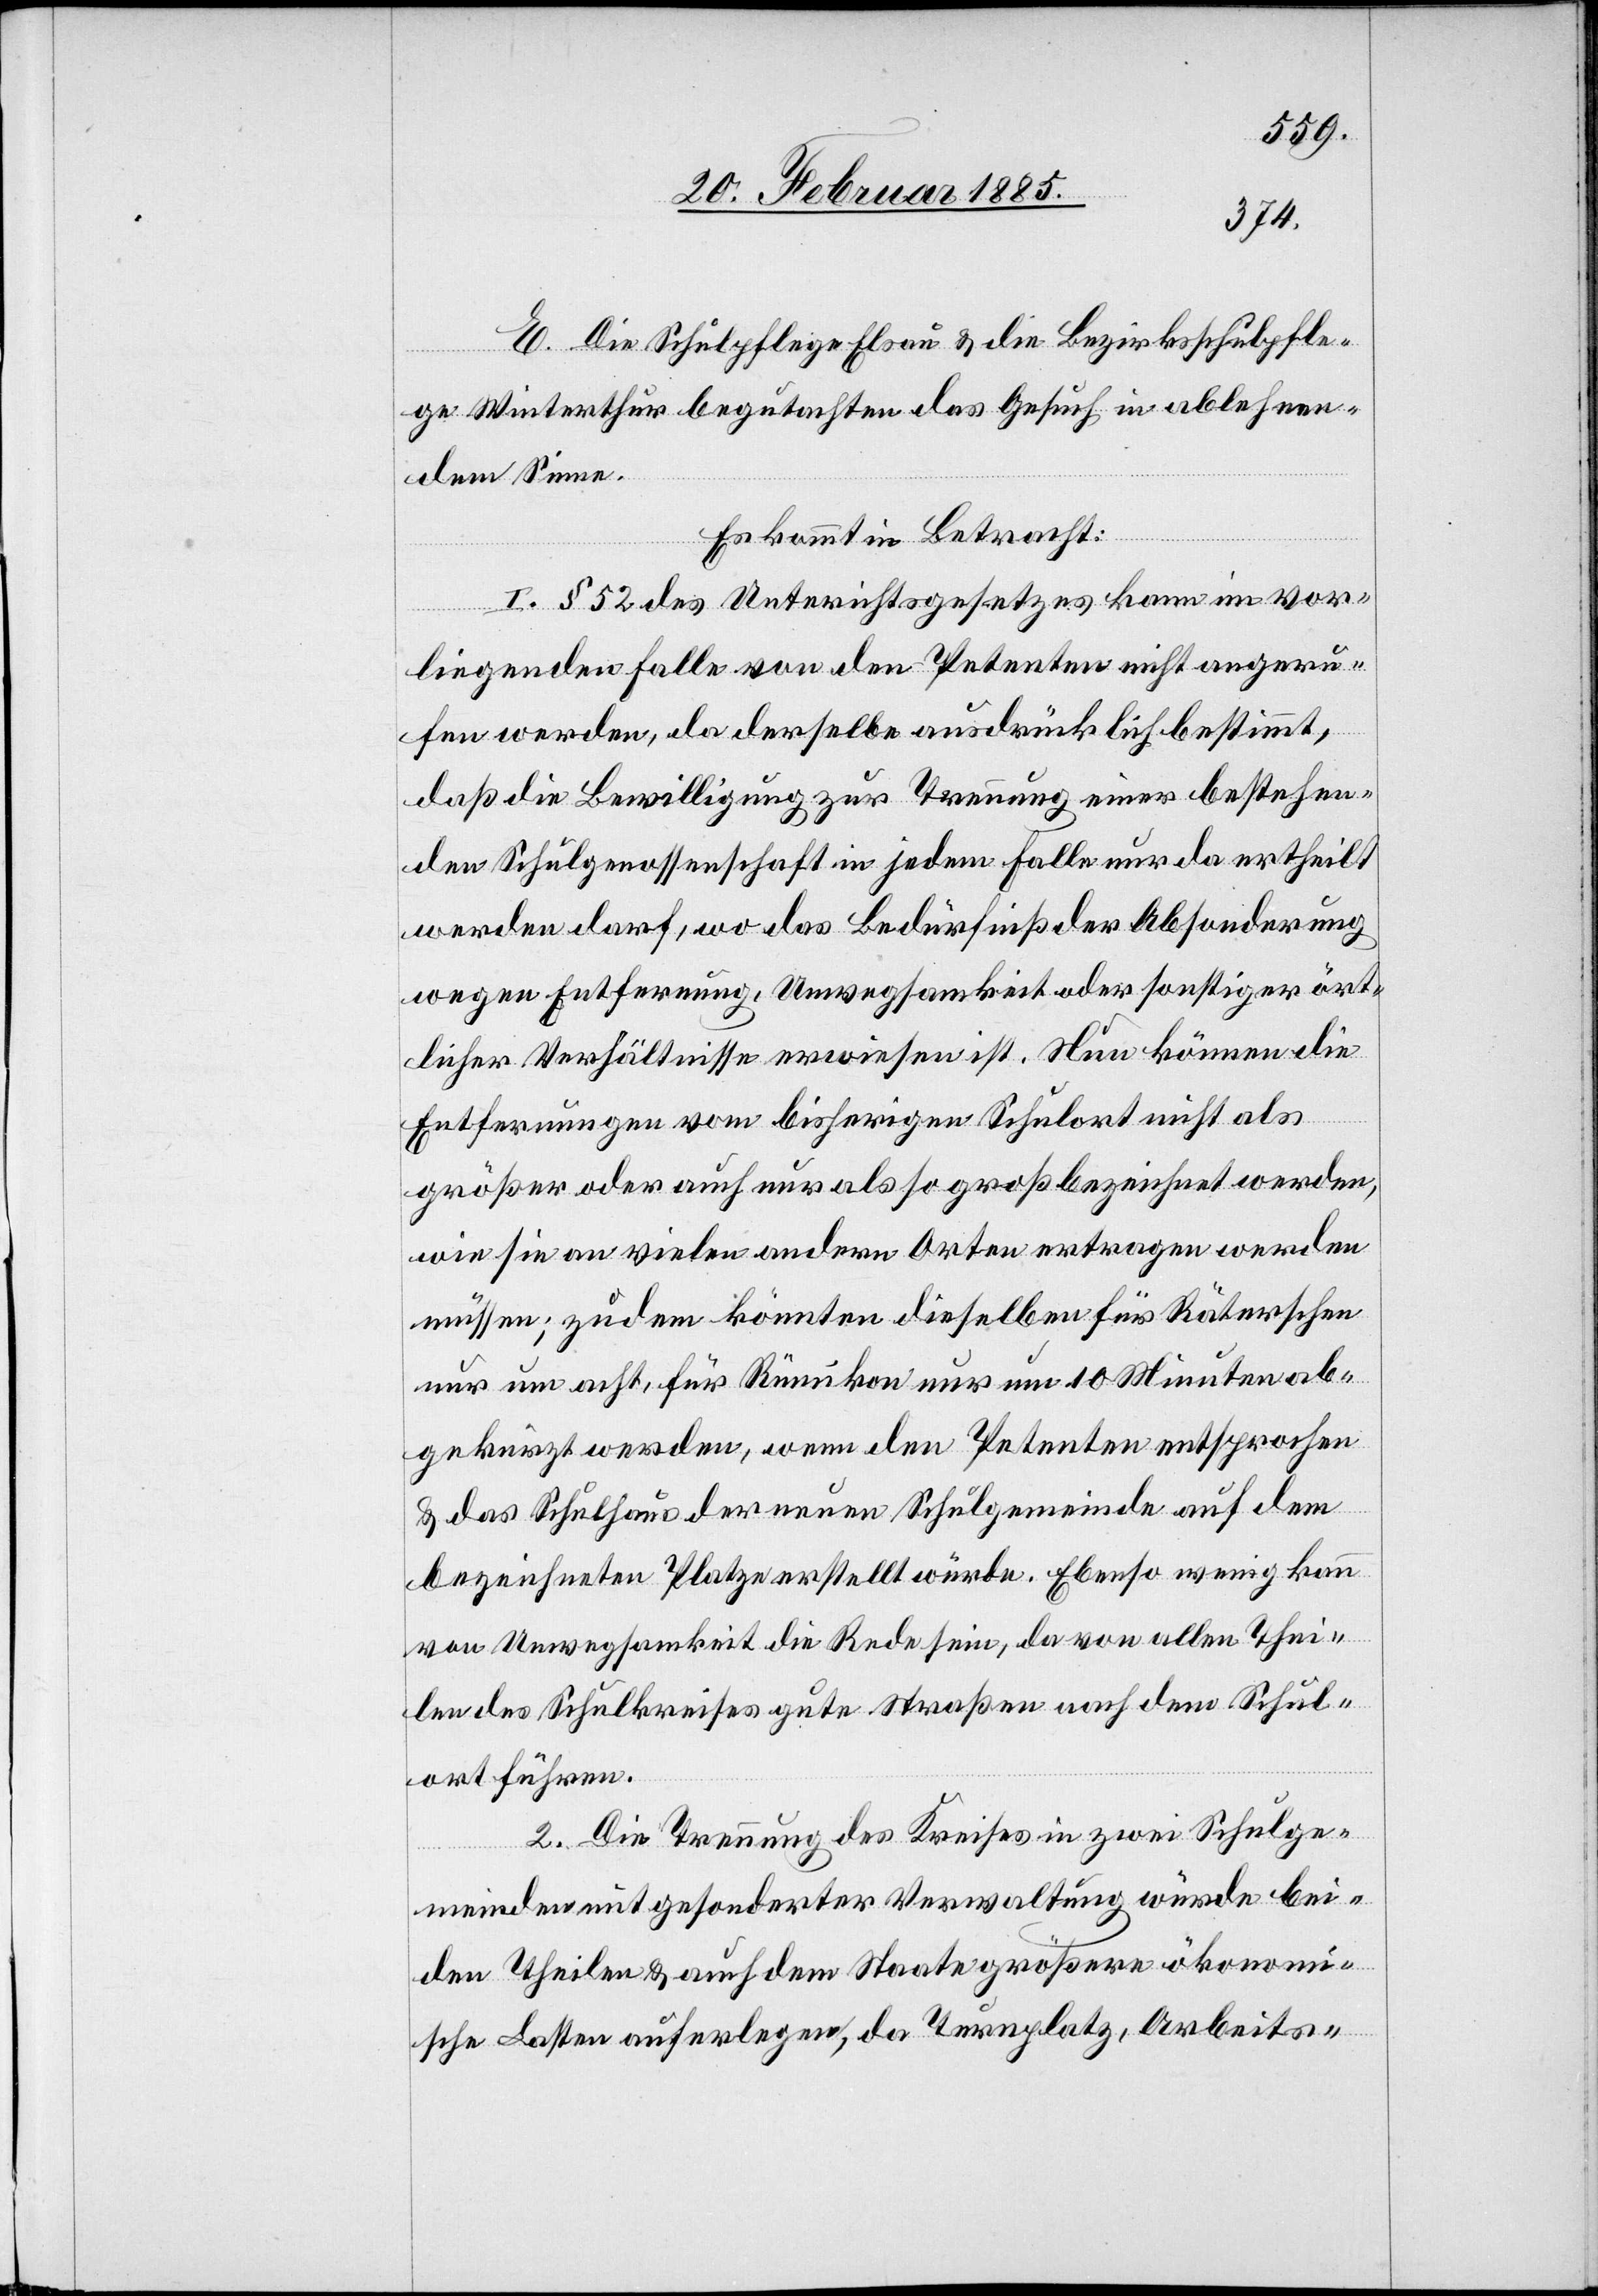
E. Die Schulpflege Elsau & die Bezirksschulpfle¬
ge Winterthur begutachten das Gesuch in ablehnen¬
dem Sinne.
Es kommt in Betracht:
1. § 52 des Unterrichtsgesetzes kann im vor¬
liegenden Falle von den Petenten nicht angeru¬
fen werden, da derselbe ausdrücklich bestimmt,
daß die Bewilligung zur Trennung einer bestehen¬
den Schulgenossenschaft in jedem Falle nur da ertheilt
werden darf, wo das Bedürfniß der Absonderung
wegen Entfernung, Unwegsamkeit oder sonstiger ört¬
licher Verhältnisse erwiesen ist. Nun können die
Entfernungen vom bisherigen Schulort nicht als
größer oder auch nur als so groß bezeichnet werden,
wie sie an vielen andern Orten ertragen werden
müssen; zudem könnten dieselben für Räterschen
nur um acht, für Rümikon nur um 10 Minuten ab¬
gekürzt werden, wenn den Petenten entsprochen
& das Schulhaus der neuen Schulgemeinde auf dem
bezeichneten Platze erstellt würde. Ebenso wenig kann
von Unwegsamkeit die Rede sein, da von allen Thei¬
len des Schulkreises gute Straßen nach dem Schul¬
ort führen.
2. Die Trennung des Kreises in zwei Schulge¬
meinden mit gesonderter Verwaltung würde bei¬
den Theilen & auch dem Staate größere ökonomi¬
sche Lasten auferlegen, da Turnplatz, Arbeits-